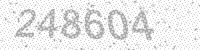
Solution: 248604